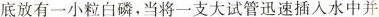
底放有一小粒白磷，当将一支大试管迅速插入水中并